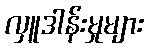
လှူဒါန်းမှုများ